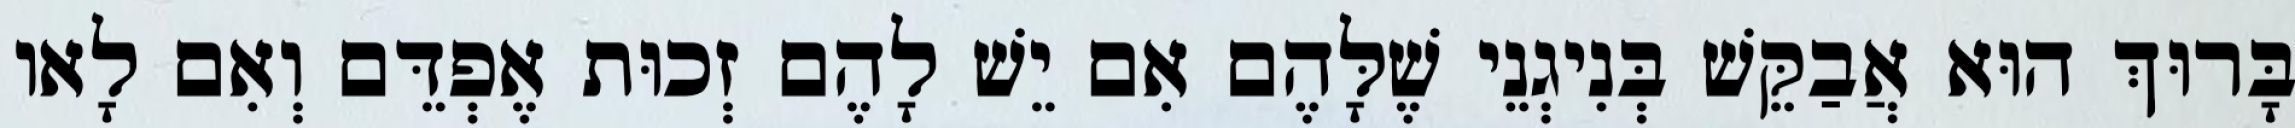
בָּרוּךְ הוּא אֲבַקֵּשׁ בְּנִיגְנֵי שֶׁלָּהֶם אִם יֵשׁ לָהֶם זְכוּת אֶפְדֵּם וְאִם לָאו